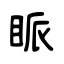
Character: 眽